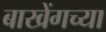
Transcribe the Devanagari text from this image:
बाखेंगच्या